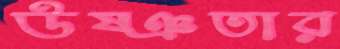
উষ্ঞতার